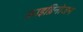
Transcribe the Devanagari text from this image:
फ्राइब्रिनोजन